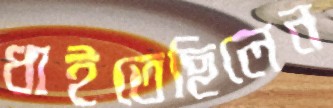
ধাইতেছিলেন